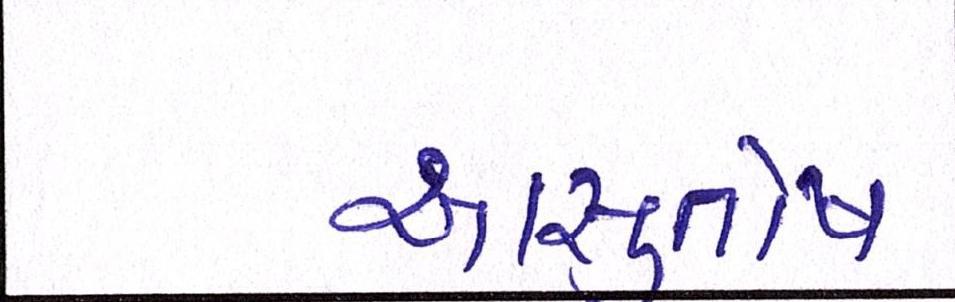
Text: આસુતોષ